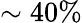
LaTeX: \sim 40\%